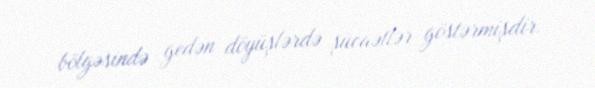
bölgəsində gedən döyüşlərdə şücaətlər göstərmişdir.